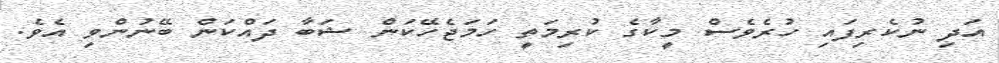
އަދި ނުކެރިފައި ހުރެވެސް މީކާގެ ކުރިމަތީ ހަމަޖެހޭކަން ޝަބާ ދައްކަން ބޭނުންވި އެވެ.